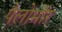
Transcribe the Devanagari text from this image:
पैलोमॉर